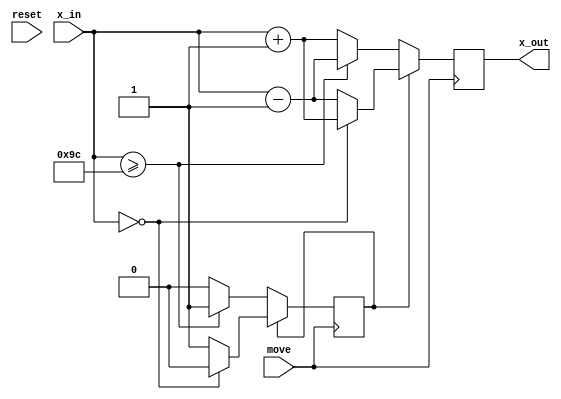
module positionTrackerX(move, x_in, x_out, reset);
	input move, reset;
	input [7:0] x_in;
	output reg [7:0] x_out;
	reg direction = 1'b0;	//0 = right, 1 = left
	
//	//Move is essentially a clock that will tell control to draw at x and y at a time a bit after the erase
	always@(posedge move) begin
		if(reset == 1'b0)
			x_out <= 8'b0;
		if(!direction) begin
			if(x_in >= 8'd156) begin
				direction <= 1'b1;
				x_out <= x_in - 1'b1;
			end
			else begin
				x_out <= x_in + 1'b1;
			end
		end
		else begin
			if(x_in == 8'd0) begin
				direction <= 1'b0;
				x_out <= x_in + 1'b1;
			end
			else begin
				x_out <= x_in - 1'b1;
			end
		end
	end
	
endmodule